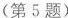
(第5题)